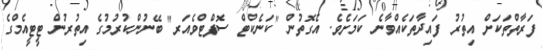
ފަރާތްތަކަށް އިތުރު ފައިދާތަކެއްވާނެ ކަމަށެވެ. އެގޮތުން "ކަނެކްޓް ސޮފްޓްވެއަރ" ބޭނުންކުރުމުގެ އިތުރުން ޓީޓީއެމްގެ